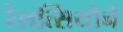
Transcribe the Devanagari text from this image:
रेलत्सियोने